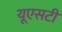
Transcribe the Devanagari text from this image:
यूएसटी